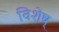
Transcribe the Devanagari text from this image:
विशेष्